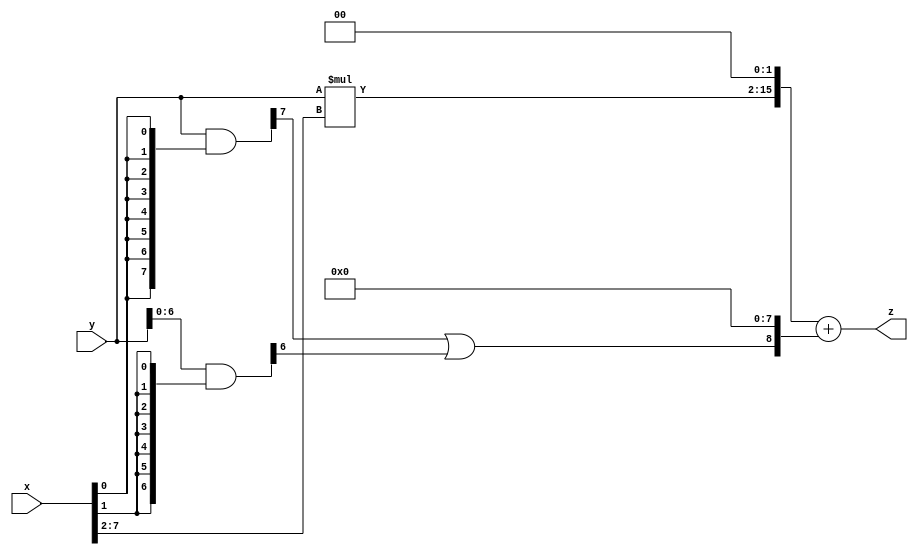
// terms: 1
// fval:  46075.25

module unsigned_8x8_l2_lamb20000_1 (
	input [7:0] x,
	input [7:0] y,
	output [15:0] z
);

wire [13:0] tmp_z = y*x[7:2];

wire [7:0] part1 =  y & {8{x[0]}};
wire [7:0] part2 =  y & {8{x[1]}};

wire [8:0] new_part1;
assign new_part1[0] = 0;
assign new_part1[1] = 0;
assign new_part1[2] = 0;
assign new_part1[3] = 0;
assign new_part1[4] = 0;
assign new_part1[5] = 0;
assign new_part1[6] = 0;
assign new_part1[7] = 0;
assign new_part1[8] = part1[7] | part2[6];

assign z = {tmp_z, 2'd 0} + new_part1;
endmodule